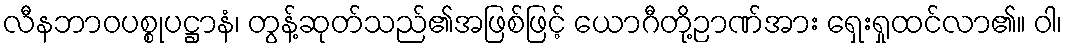
လီနဘာဝပစ္စုပဋ္ဌာနံ၊ တွန့်ဆုတ်သည်၏အဖြစ်ဖြင့် ယောဂီတို့ဉာဏ်အား ရှေးရှုထင်လာ၏။ ဝါ၊